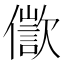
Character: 𠏩